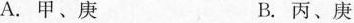
A.甲、庚 B，丙、庚